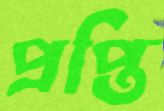
প্রপ্তি